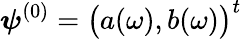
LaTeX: \boldsymbol{\psi}^{(0)}=\bigl(a(\omega),b(\omega)\bigr)^{t}